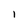
Character: l